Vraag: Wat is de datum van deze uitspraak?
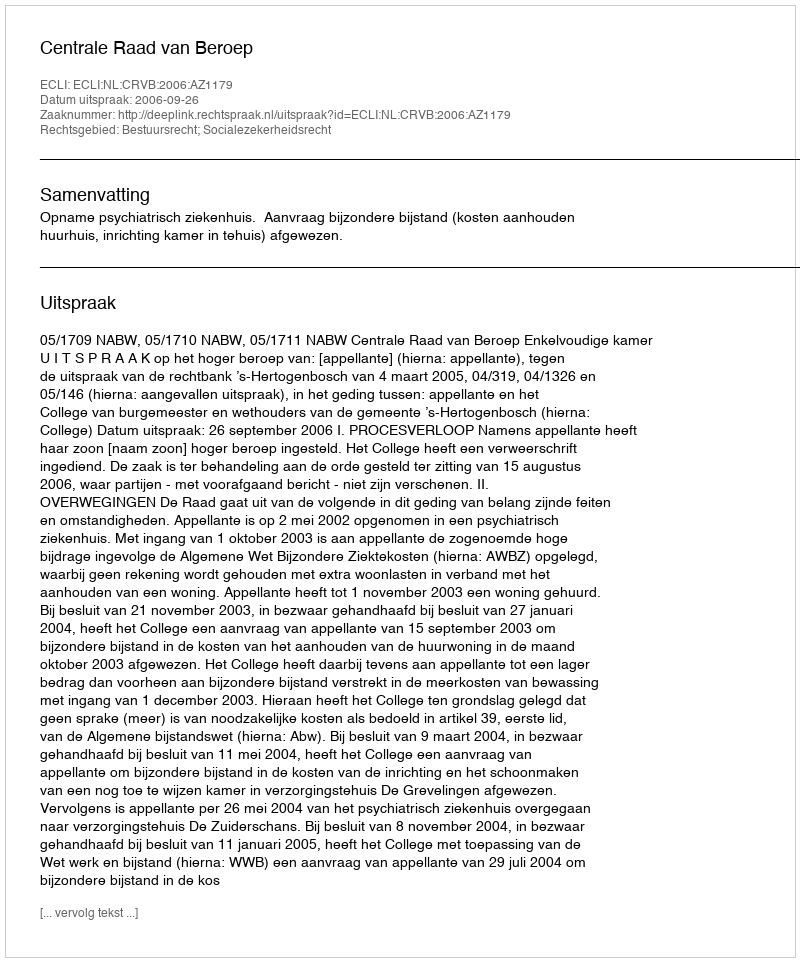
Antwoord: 2006-09-26